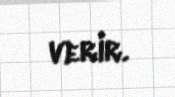
verir.